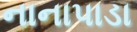
નાનાપાડા